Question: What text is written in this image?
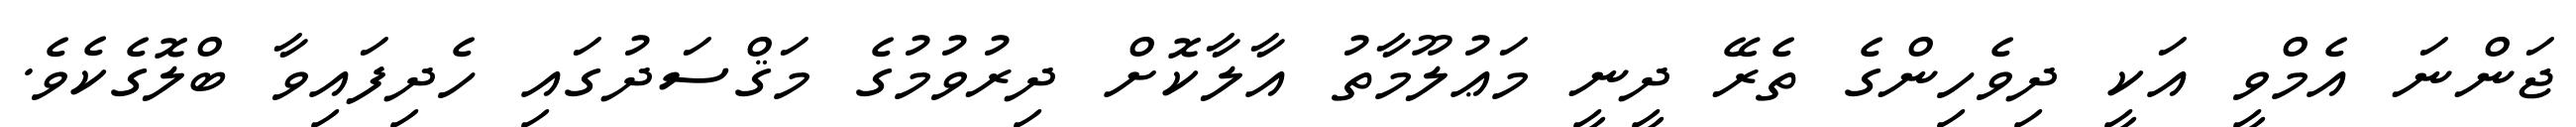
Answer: ޖަންނަ އެމްވީ އަކީ ދިވެހިންގެ ތެރޭ ދީނީ މަޢުލޫމާތު އާލާކޮށް ދިރުވުމުގެ މަޤްސަދުގައި ހެދިފައިވާ ބްލޮގެކެވެ.